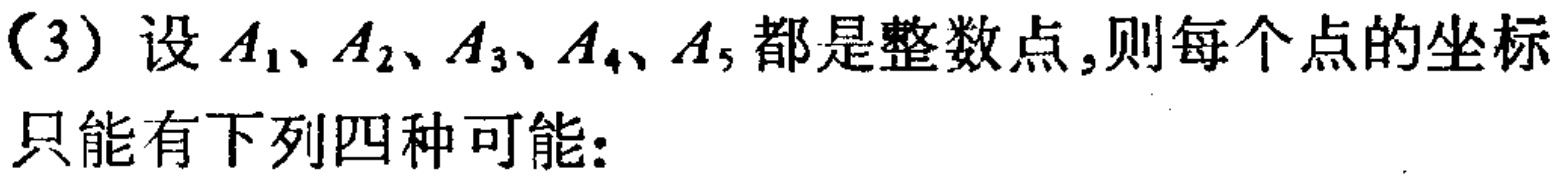
（3）设 \(A_1、A_2、A_3、A_4、A_5\) 都是整数点,则每个点的坐标只能有下列四种可能: